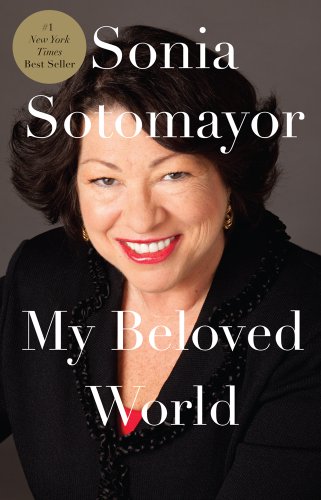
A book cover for My Beloved World (Thorndike Press Large Print Biographies & Memoirs Series); Sonia Sotomayor; Biographies & Memoirs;